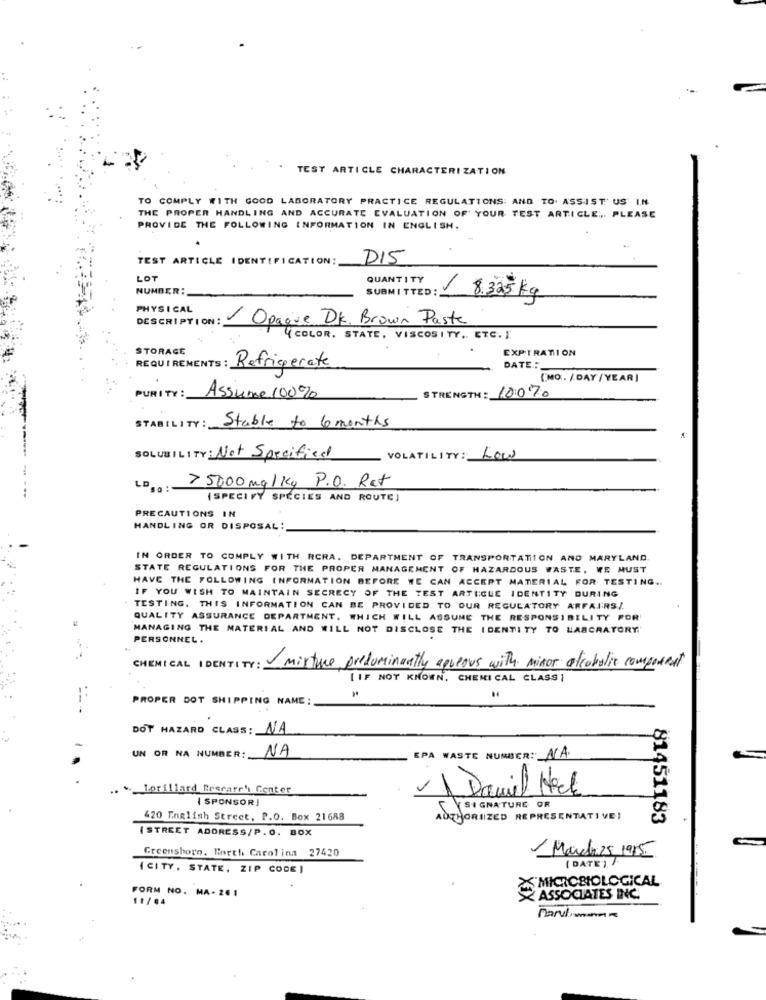
TEST ARTICLE CHARACTERIZATION
TO COMPLY WITH GOOD LABORATORY PRACTICE REGULATIONS: AND TO. ASSIST US IN
THE PROPER HANDLING AND ACCURATE EVALUATION OF YOUR TEST ARTICLE .,. PLEASE
PROVIDE THE FOLLOWING INFORMATION IN ENGLISH.
TEST ARTICLE IDENTIFICATION:
D15
LOT
QUANTITY
NUMBER:
SUBMITTED:
1 8.325 kg
PHYSICAL
DESCRIPTION:
Opague DK. Brown Paste
{COLOR. STATE, VISCOSITY .. ETC. ).
STORAGE
EXPIRATION
REQUIREMENTS : Refrigerate
DATE :_
(MO. /DAY /YEAR]
STRENGTH : 1007.
PURITY:
Assume 100%
STABILITY:
Stable to 6 months
SOLUBILITY: Not Specified
VOLATILITY: Low
> 5000mg/kg P.O. Rat
LD .. :-
(SPECIFY SPECIES AND ROUTE]
PRECAUTIONS IN
HANDLING OR DISPOSAL:
IN ORDER TO COMPLY WITH RCRA. DEPARTMENT OF TRANSPORTATION AND MARYLAND
STATE REGULATIONS FOR THE PROPER MANAGEMENT OF HAZARDOUS WASTE, WE MUST
HAVE THE FOLLOWING INFORMATION BEFORE WE CAN ACCEPT MATERIAL FOR TESTING ..
IF YOU WISH TO MAINTAIN SECRECY OF THE TEST ARTICLE IDENTITY DURING
TESTING. THIS INFORMATION CAN BE PROVIDED TO OUR REGULATORY AFFAIRSZ.
QUALITY ASSURANCE DEPARTMENT. WHICH WILL ASSUME THE RESPONSIBILITY FOR
MANAGING THE MATERIAL AND WILL NOT DISCLOSE THE IDENTITY TO LABORATORY'
PERSONNEL .
CHEMICAL IDENTITY:
mixture predominantly appeous with minor alcoholic composent
[ IF NOT KNOWN. CHEMICAL CLASS
PROPER DOT SHIPPING NAME:
DOT HAZARD CLASS : NA
UN OR NA NUMBER:
NA
EPA WASTE NUMBER :_ AA.
.. . Lorillard Research Center
David Hock
( SPONSOR]
SIGNATURE OR
420 English Street, P.O. Box 21688
AUTHORIZED REPRESENTATIVE!
81451183
ISTREET ADDRESS/P.O. BOX
Greensboro. North Carolina 27420
- March 25, 1985
( DATE ) /
(CITY, STATE, ZIP CODE )
'MICROBIOLOGICAL
FORM NO. MA- 26 1
11/84
ASSOCIATES INC.
Marulimana